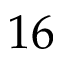
1 6